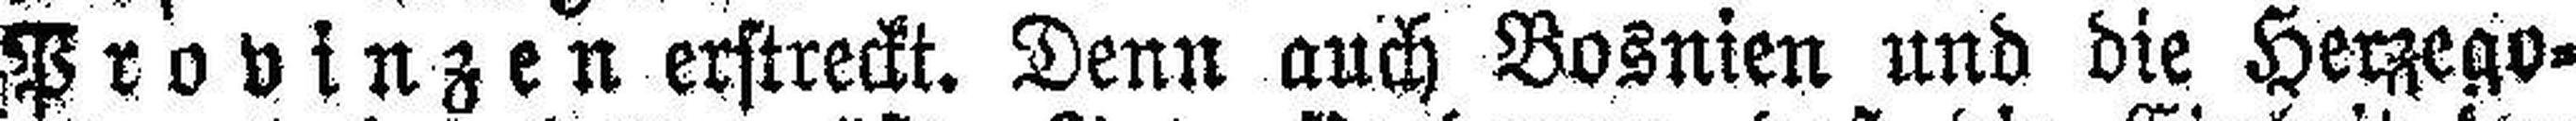
Provinzen erstreckt. Denn auch Bosnien und die Herzego¬